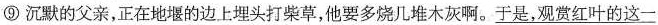
⑨沉默的父亲，正在地堰的边上埋头打柴草，他要多烧几堆木灰啊。\underline{于是，观赏红叶的这一}